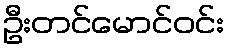
ဦးတင်မောင်ဝင်း